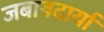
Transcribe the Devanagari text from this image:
जबाबदार्या